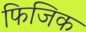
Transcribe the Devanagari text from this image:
फिजिक